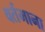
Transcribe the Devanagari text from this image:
वर्तमाना